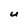
Character: U